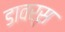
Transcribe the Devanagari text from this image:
डावर्स